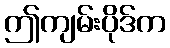
ဤကျမ်းပိုဒ်က